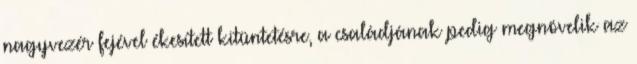
nagyvezér fejével ékesített kitüntetésre, a családjának pedig megnövelik az